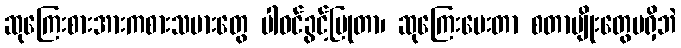
ဆုကြေးစားအားကစားသမားတွေ ပါဝင်ခွင့်ပြုတာ၊ ဆုကြေးပေးတာ စတာမျိုးတွေမရှိဘဲ